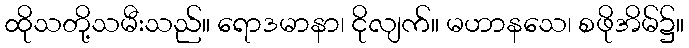
ထိုသတို့သမီးသည်။ ရောဒမာနာ၊ ငိုလျက်။ မဟာနသေ၊ စဖိုအိမ်၌။